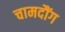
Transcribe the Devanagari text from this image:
चामदौंग